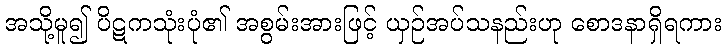
အသို့မူ၍ ပိဋကသုံးပုံ၏ အစွမ်းအားဖြင့် ယှဉ်အပ်သနည်းဟု စောဒနာရှိရကား